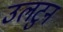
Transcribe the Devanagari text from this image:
उलटुन